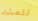
للعشاء